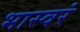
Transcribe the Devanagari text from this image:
भास्वरं